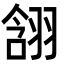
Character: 䎏